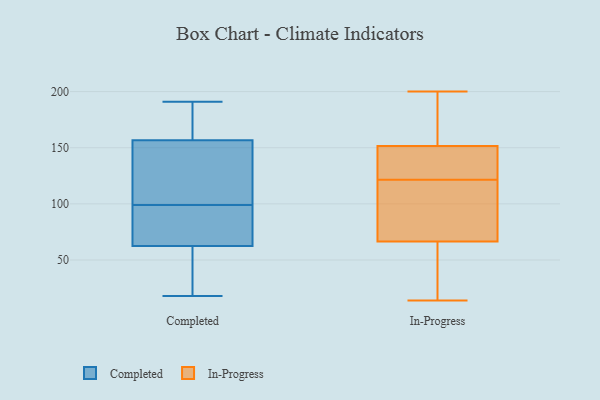
{"axis": {"x": "Customer Acquisition Cost (USD)", "y": "Value"}, "legend": ["Completed", "In-Progress"], "data": [{"x": "", "y": 168, "type": "Completed"}, {"x": "", "y": 25, "type": "Completed"}, {"x": "", "y": 105, "type": "Completed"}, {"x": "", "y": 141, "type": "Completed"}, {"x": "", "y": 28, "type": "Completed"}, {"x": "", "y": 122, "type": "Completed"}, {"x": "", "y": 113, "type": "Completed"}, {"x": "", "y": 178, "type": "Completed"}, {"x": "", "y": 18, "type": "Completed"}, {"x": "", "y": 65, "type": "Completed"}, {"x": "", "y": 94, "type": "Completed"}, {"x": "", "y": 62, "type": "Completed"}, {"x": "", "y": 64, "type": "Completed"}, {"x": "", "y": 162, "type": "Completed"}, {"x": "", "y": 191, "type": "Completed"}, {"x": "", "y": 24, "type": "Completed"}, {"x": "", "y": 99, "type": "Completed"}, {"x": "", "y": 169, "type": "Completed"}, {"x": "", "y": 88, "type": "Completed"}, {"x": "", "y": 200, "type": "In-Progress"}, {"x": "", "y": 89, "type": "In-Progress"}, {"x": "", "y": 151, "type": "In-Progress"}, {"x": "", "y": 161, "type": "In-Progress"}, {"x": "", "y": 184, "type": "In-Progress"}, {"x": "", "y": 132, "type": "In-Progress"}, {"x": "", "y": 130, "type": "In-Progress"}, {"x": "", "y": 110, "type": "In-Progress"}, {"x": "", "y": 71, "type": "In-Progress"}, {"x": "", "y": 62, "type": "In-Progress"}, {"x": "", "y": 58, "type": "In-Progress"}, {"x": "", "y": 152, "type": "In-Progress"}, {"x": "", "y": 133, "type": "In-Progress"}, {"x": "", "y": 43, "type": "In-Progress"}, {"x": "", "y": 52, "type": "In-Progress"}, {"x": "", "y": 14, "type": "In-Progress"}, {"x": "", "y": 113, "type": "In-Progress"}, {"x": "", "y": 142, "type": "In-Progress"}, {"x": "", "y": 82, "type": "In-Progress"}, {"x": "", "y": 185, "type": "In-Progress"}]}